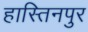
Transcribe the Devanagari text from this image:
हास्तिनपुर